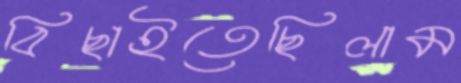
বিছাইতেছিলাম